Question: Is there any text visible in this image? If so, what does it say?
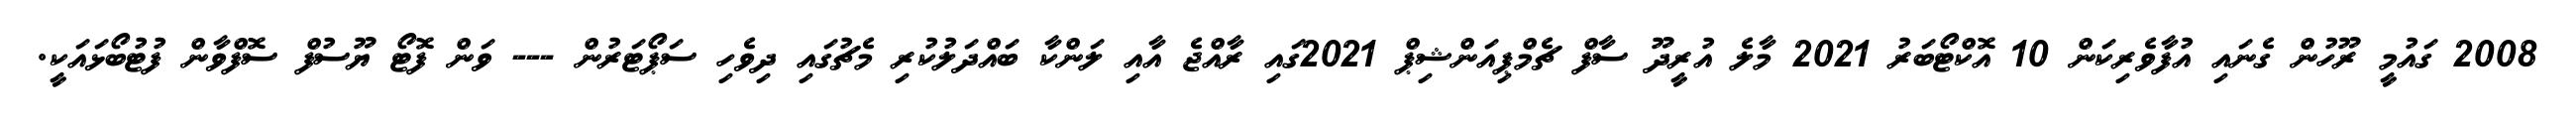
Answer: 2008 ގައުމީ ރޫހުން ގެނައި އުފާވެރިކަން 10 އޮކްޓޯބަރު 2021 މާލެ އުރީދޫ ސާފް ޗެމްޕިއަންޝިޕް 2021ގައި ރާއްޖެ އާއި ލަންކާ ބައްދަލުކުރި މެޗުގައި ދިވެހި ސަޕޯޓަރުން --- ވަން ފޮޓޯ ޔޫސުފް ސޮފްވާން ފުޓުބޯޅައަކީ.